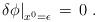
LaTeX: \begin{align*}\left.\delta \phi\right|_{x^0 = \epsilon}\,=\,0\,\,.\end{align*}